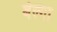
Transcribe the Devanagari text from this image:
बेल्गा